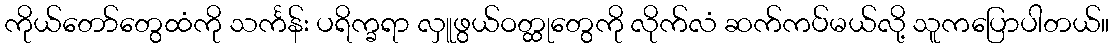
ကိုယ်တော်တွေထံကို သင်္ကန်း ပရိက္ခရာ လှူဖွယ်ဝတ္ထုတွေကို လိုက်လံ ဆက်ကပ်မယ်လို့ သူကပြောပါတယ်။